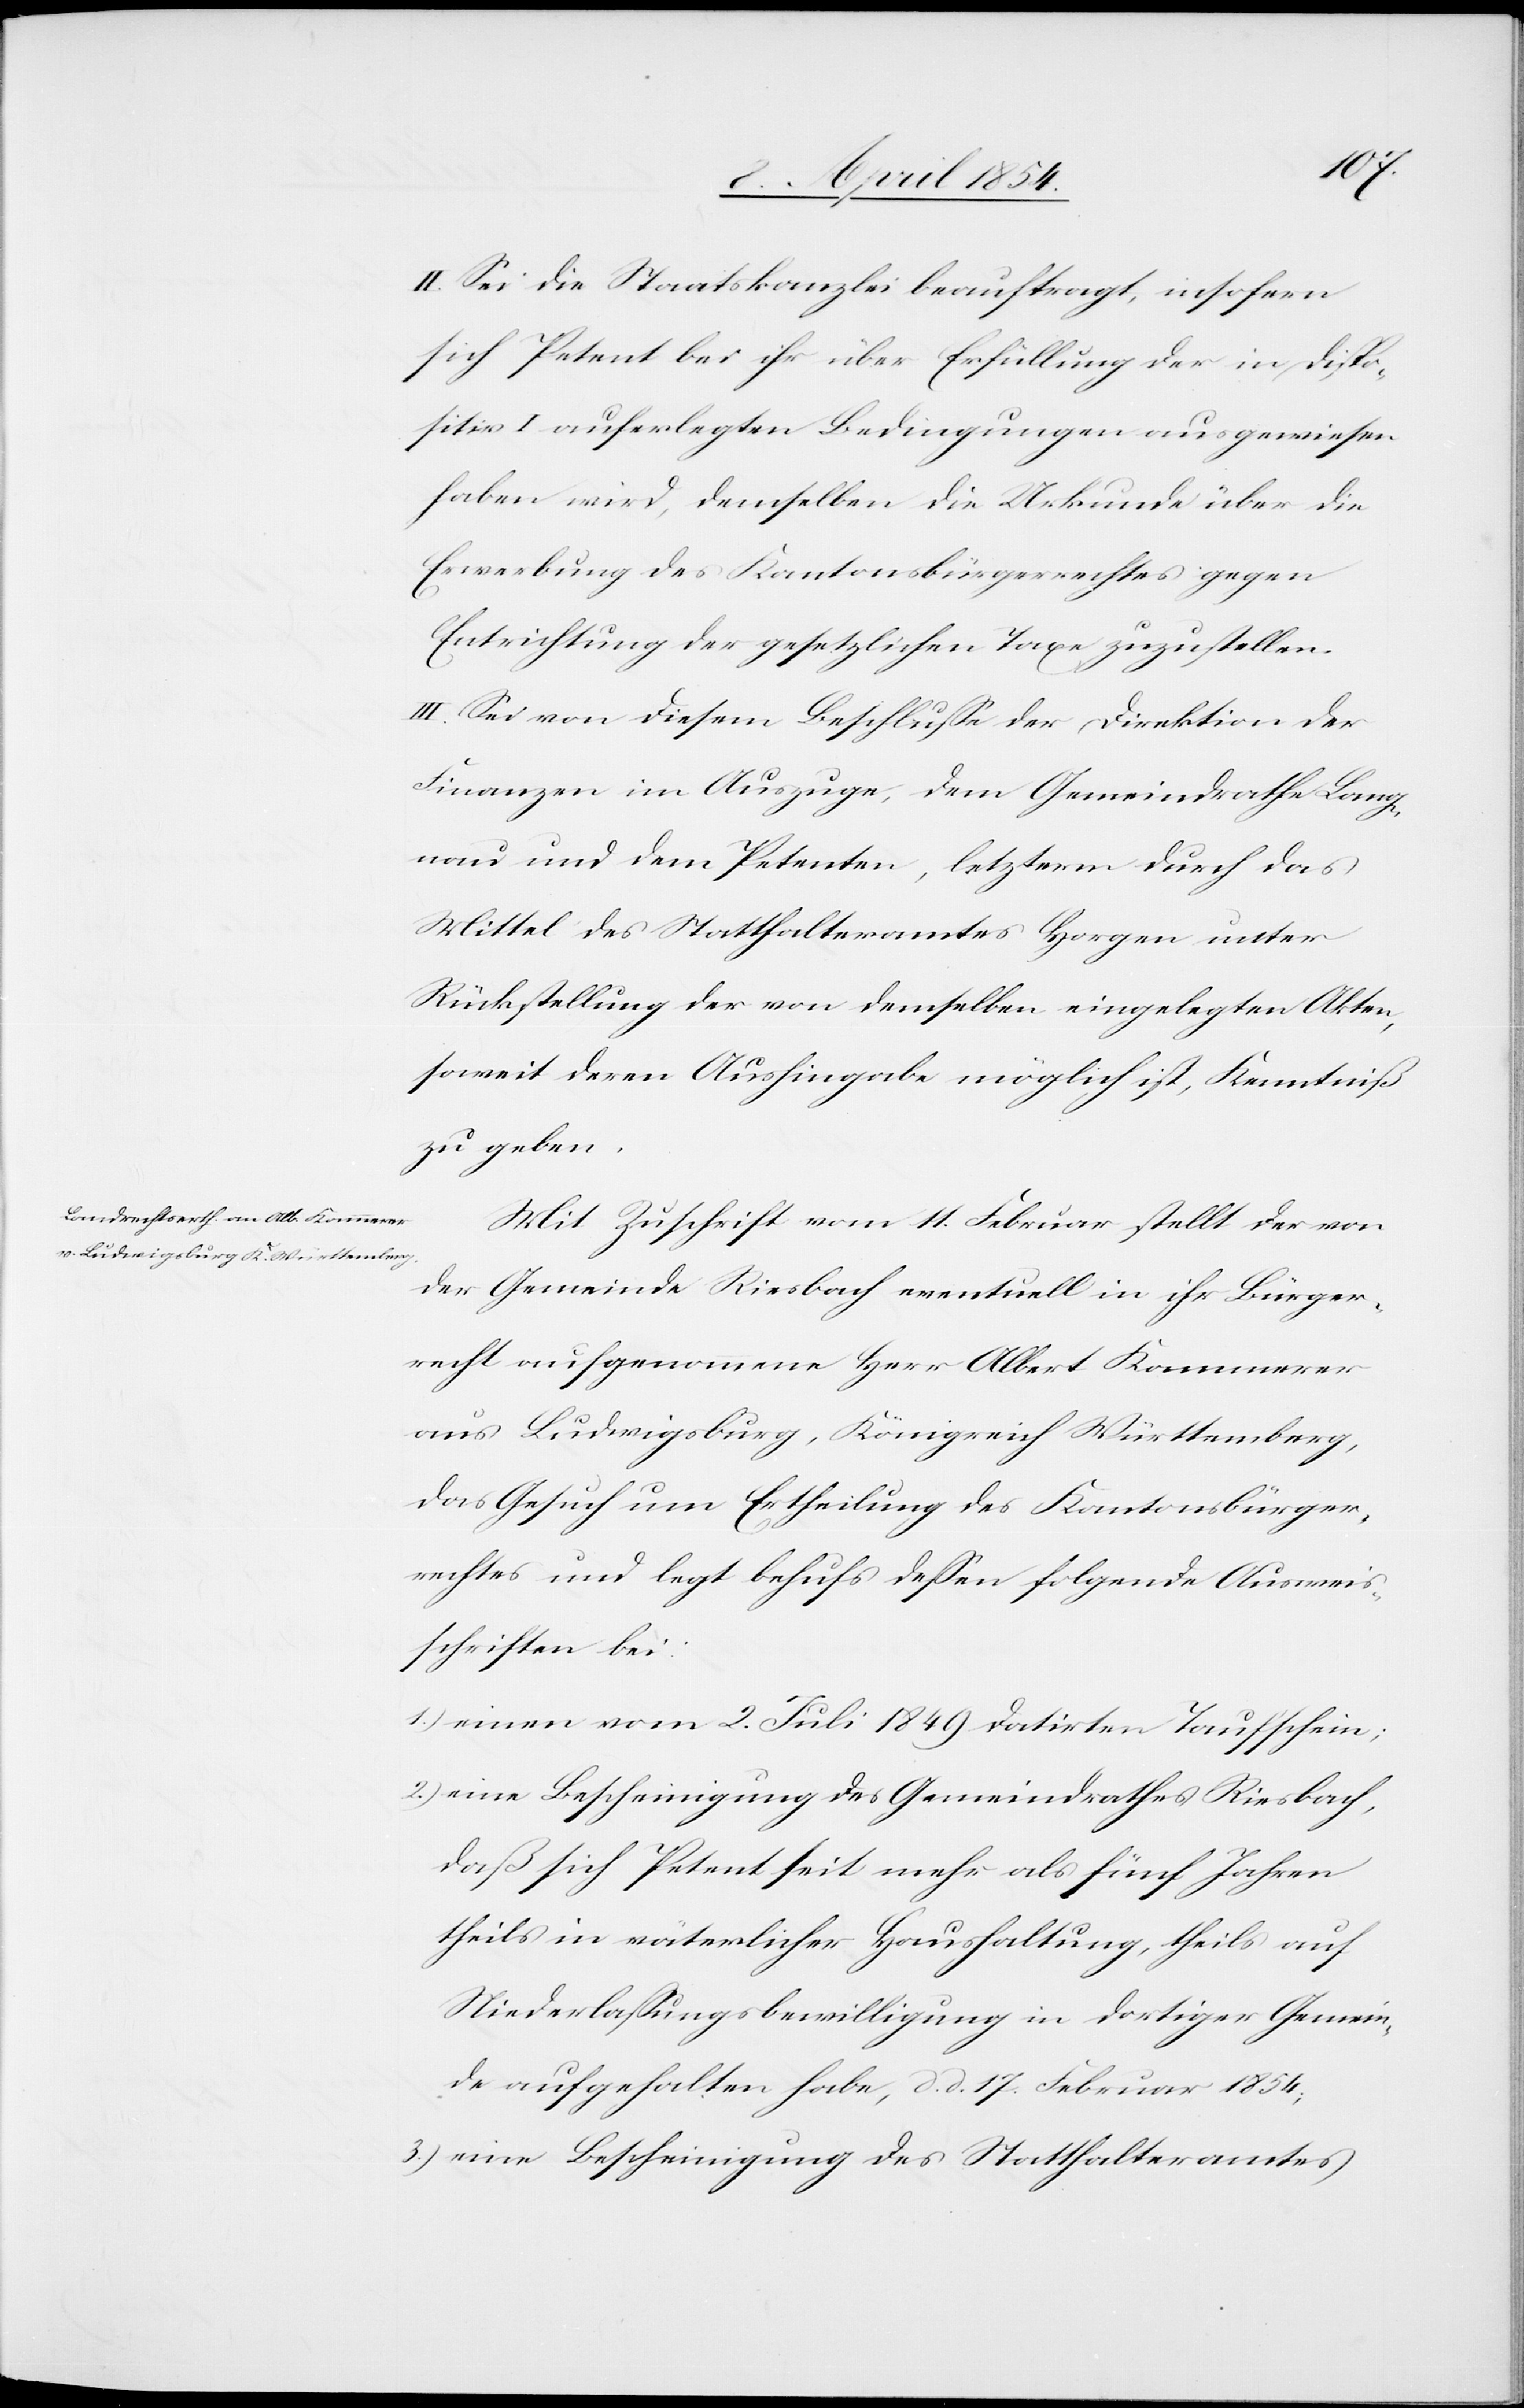
II. Sei die Staatskanzlei beauftragt, insofern
sich Petent bei ihr über Erfüllung der in Dispo¬
sitiv I auferlegten Bedingungen ausgewiesen
haben wird, demselben die Urkunde über die
Erwerbung des Kantonsbürgerrechtes gegen
Entrichtung der gesetzlichen Taxe zuzustellen.
III. Sei von diesem Beschluße der Direktion der
Finanzen im Auszuge, dem Gemeindrathe Lang¬
nau und dem Petenten, letzterm durch das
Mittel des Statthalteramtes Horgen unter
Rückstellung der von demselben eingelegten Akten,
soweit deren Aushingabe möglich ist, Kenntniß
zu geben.
Mit Zuschrift vom 11. Februar stellt der von
der Gemeinde Riesbach eventuell in ihr Bürger¬
recht aufgenommene Herr Albert Kammerer
aus Ludwigsburg, Königreich Württemberg,
das Gesuch um Ertheilung des Kantonsbürger¬
rechtes und legt behufs deßen folgende Ausweis¬
schriften bei:
1.) einen vom 2. Juli 1849 datirten Taufschein;
2.) eine Bescheinigung des Gemeindrathes Riesbach,
daß sich Petent seit mehr als fünf Jahren
theils in väterlicher Haushaltung, theils auf
Niederlaßungsbewilligung in dortiger Gemein¬
de aufgehalten habe, d. d. 17. Februar 1854;
3.) eine Bescheinigung des Statthalteramtes